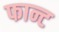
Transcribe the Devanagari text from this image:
फान्ट